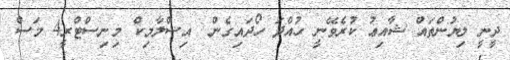
ދީނީ ލިޔުންތައް ޝާއިޢު ކުރެވޭނީ ހުއްދަ ހޯދައިގެން  އިސްލާމިކް މިނިސްޓްރީ4 މަސް